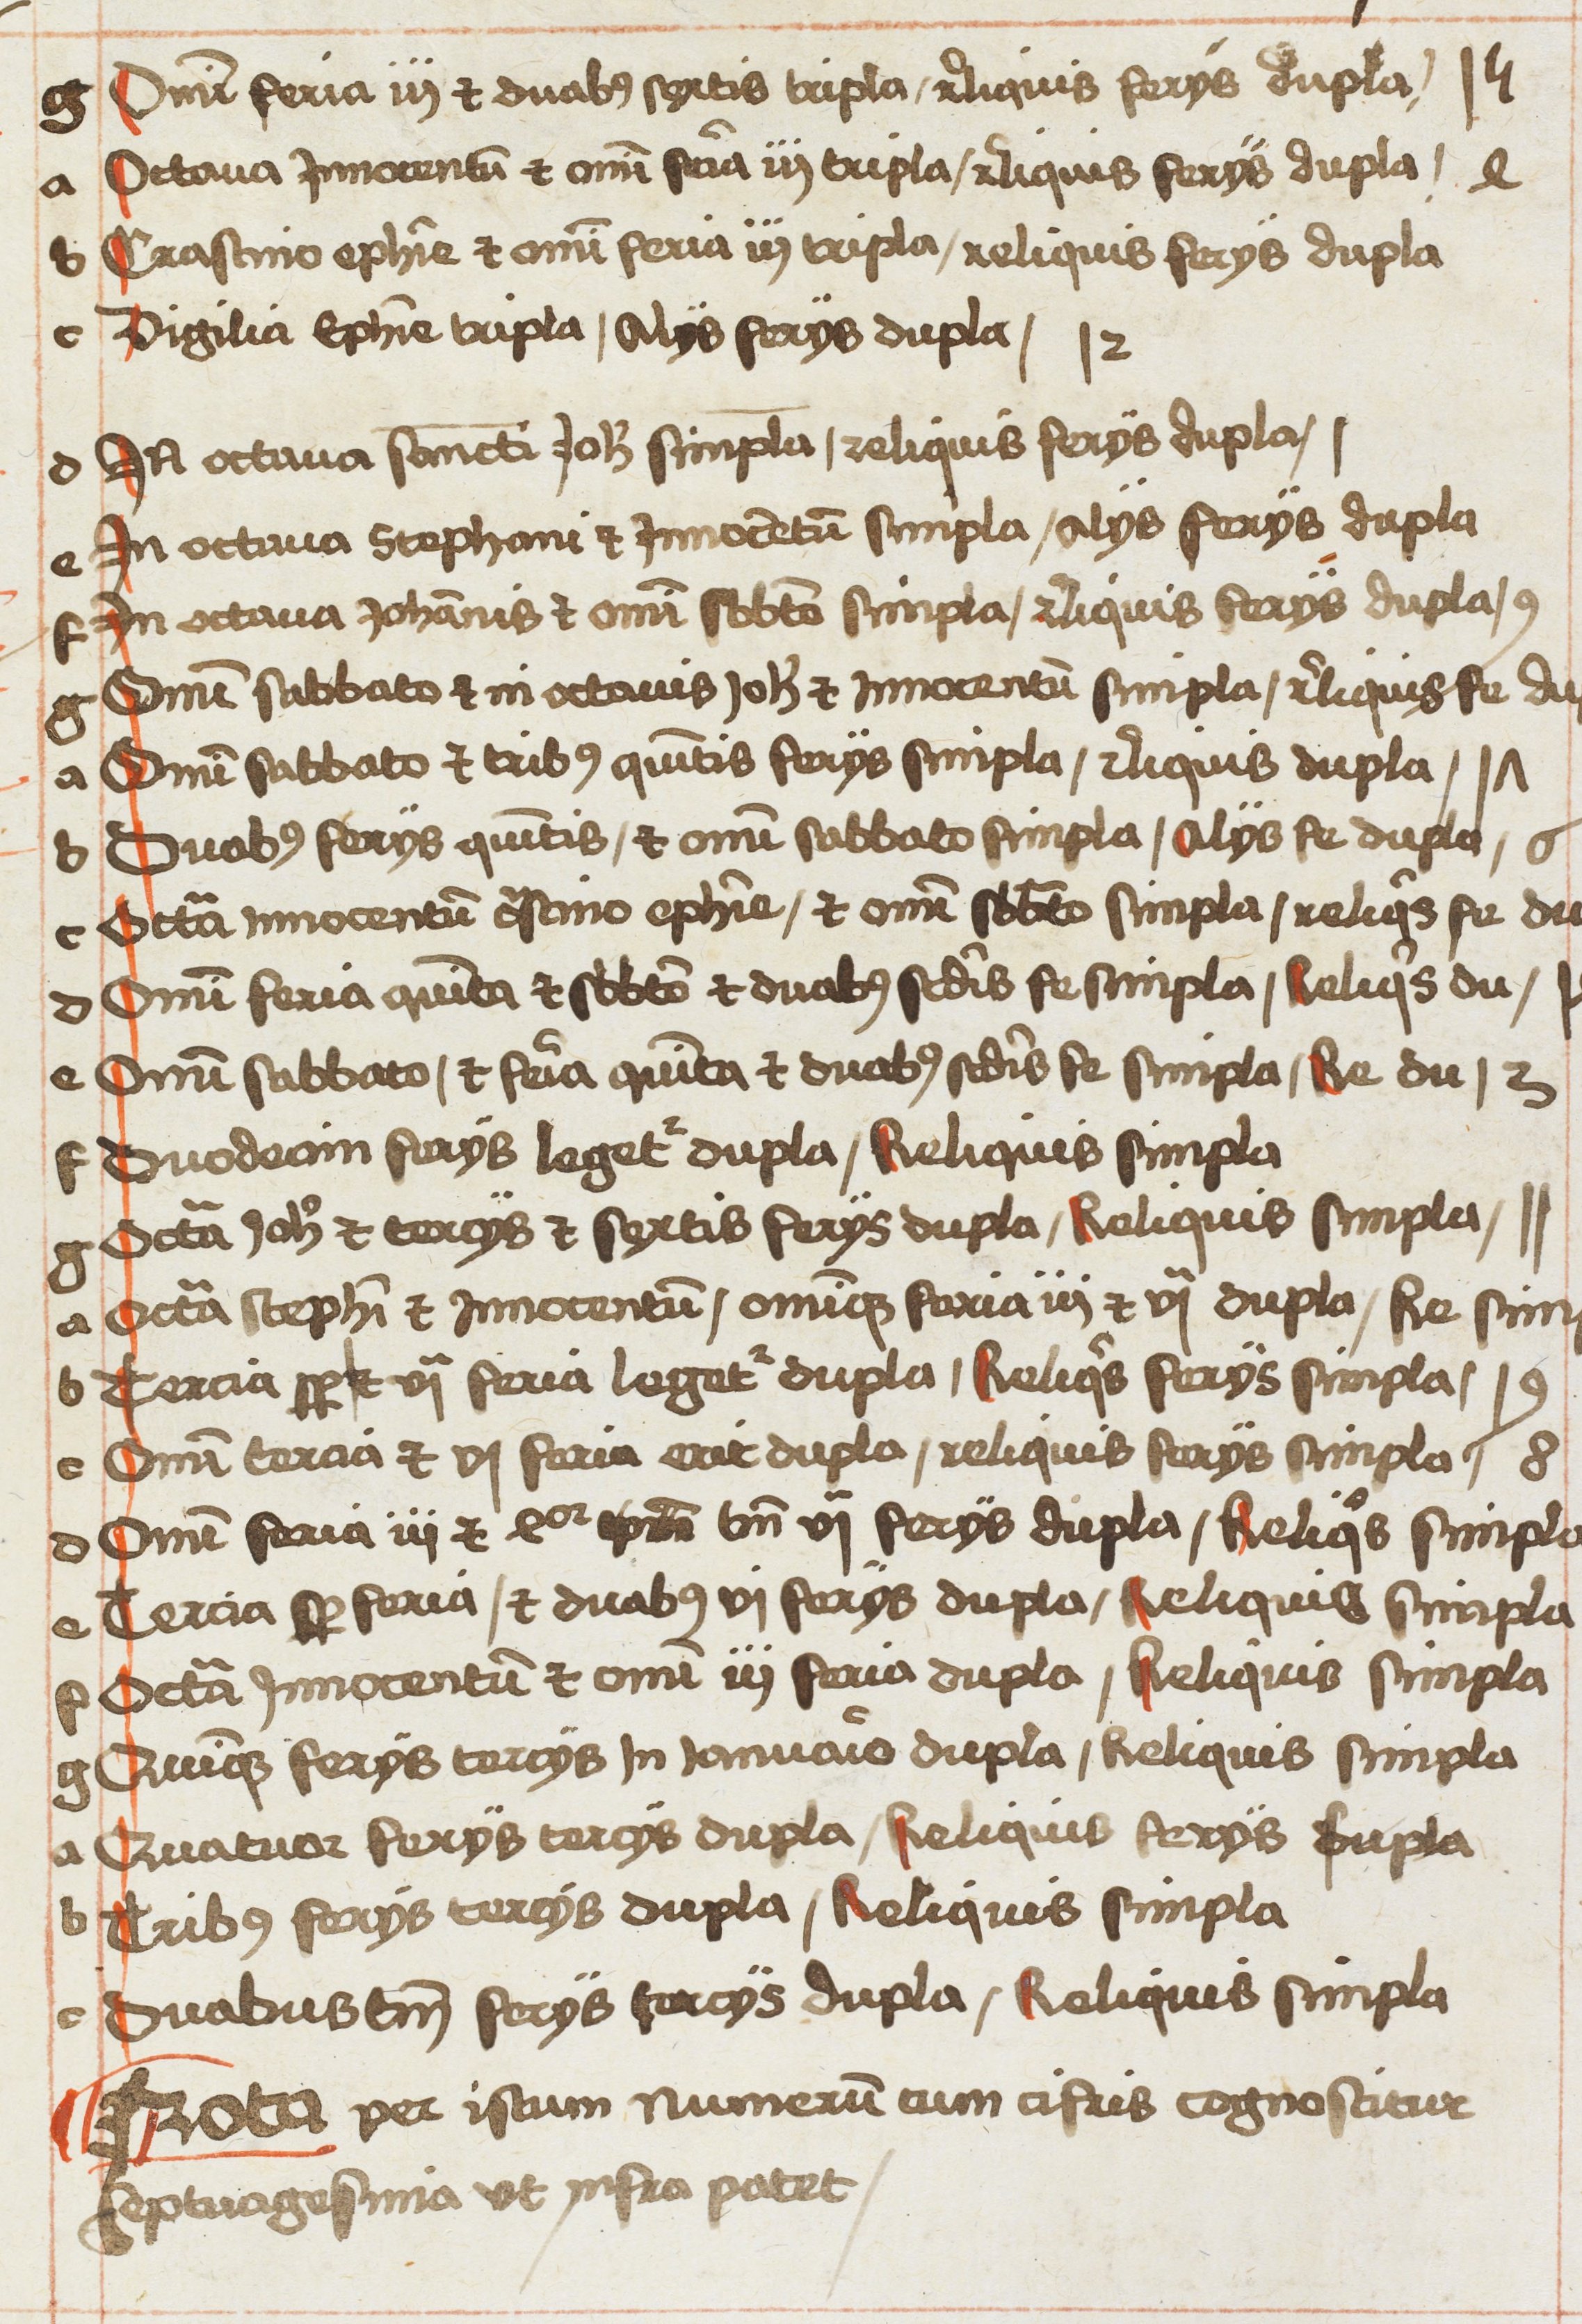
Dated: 1496–1498